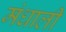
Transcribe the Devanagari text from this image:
मंधाली